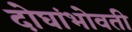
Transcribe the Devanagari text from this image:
दोघांभोवती